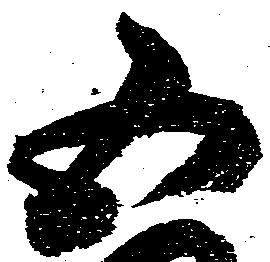
五